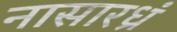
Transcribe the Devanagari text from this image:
नासारध्रं